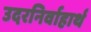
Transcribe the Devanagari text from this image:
उदरनिर्वाहार्थ